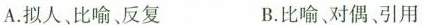
A.拟人，比喻、反复 B.比喻对偶、引用